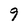
Character: 9